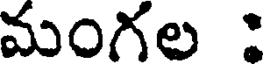
మంగల :